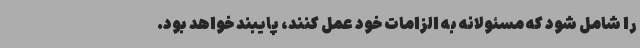
را شامل شود که مسئولانه به الزامات خود عمل کنند، پایبند خواهد بود.